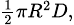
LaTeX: \scriptstyle{\frac{1}{2}}\pi R^{2}D,